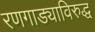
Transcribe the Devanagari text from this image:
रणगाड्याविरुद्ध